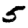
Digit: 5